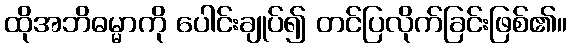
ထိုအဘိဓမ္မာကို ပေါင်းချုပ်၍ တင်ပြလိုက်ခြင်းဖြစ်၏။